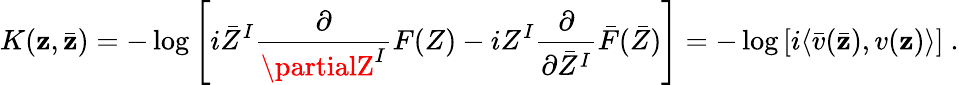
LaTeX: K(\mathbf{z},\bar{{\mathbf{z}}})=-\log\left[i\bar{{Z}}^{I}\frac{{\partial}}{{\partialZ^{I}}}F(Z)-iZ^{I}\frac{{\partial}}{{\partial\bar{{Z}}^{I}}}\bar{{F}}(\bar{{Z}})\right]=-\log\left[i\langle\bar{{v}}(\bar{{\mathbf{z}}}),v(\mathbf{z})\rangle\right]\ .